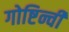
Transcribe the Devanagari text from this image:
गोष्टिन्ची